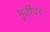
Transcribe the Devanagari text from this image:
मूर्तींवर